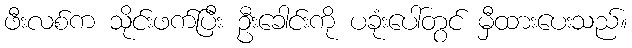
ဖီးလစ်က သိုင်းဖက်ပြီး ဦးခေါင်းကို ပခုံးပေါ်တွင် မှီထားပေးသည်။